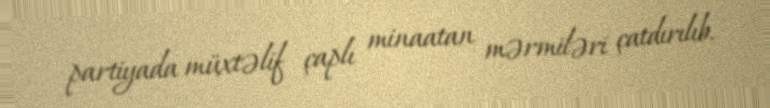
partiyada müxtəlif çaplı minaatan mərmiləri çatdırılıb.